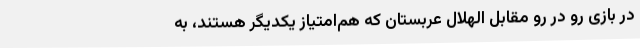
در بازی رو در رو مقابل الهلال عربستان که هم‌امتیاز یکدیگر هستند، به